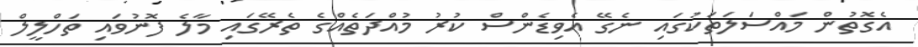
އެގޮތުން މައްސަލަތަކުގައި ނެގޭ އެވިޑެންސް ކުރު މުއްދަތެއްގެ ތެރޭގައި މާލެ ފޮނުވައި ތަހްލީލް